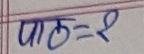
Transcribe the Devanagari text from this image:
पाठ=१